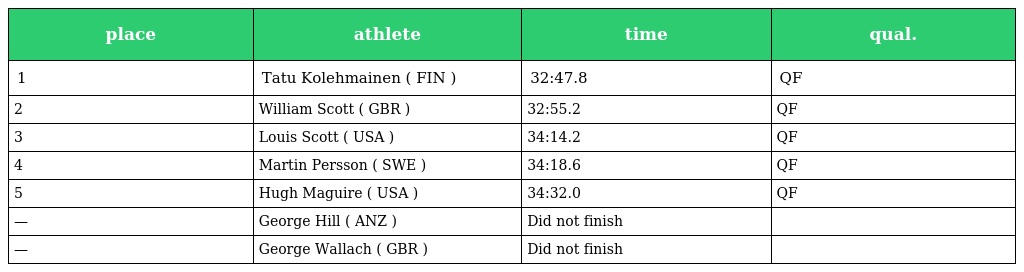
| place | athlete | time | qual. |
 | --- | --- | --- | --- |
 | 1 | Tatu Kolehmainen ( FIN ) | 32:47.8 | QF |
 | 2 | William Scott ( GBR ) | 32:55.2 | QF |
 | 3 | Louis Scott ( USA ) | 34:14.2 | QF |
 | 4 | Martin Persson ( SWE ) | 34:18.6 | QF |
 | 5 | Hugh Maguire ( USA ) | 34:32.0 | QF |
 | — | George Hill ( ANZ ) | Did not finish |  |
 | — | George Wallach ( GBR ) | Did not finish |  |